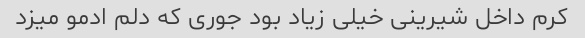
کرم داخل شیرینی خیلی زیاد بود جوری که دلم ادمو میزد